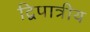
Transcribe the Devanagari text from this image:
द्विपात्रीय